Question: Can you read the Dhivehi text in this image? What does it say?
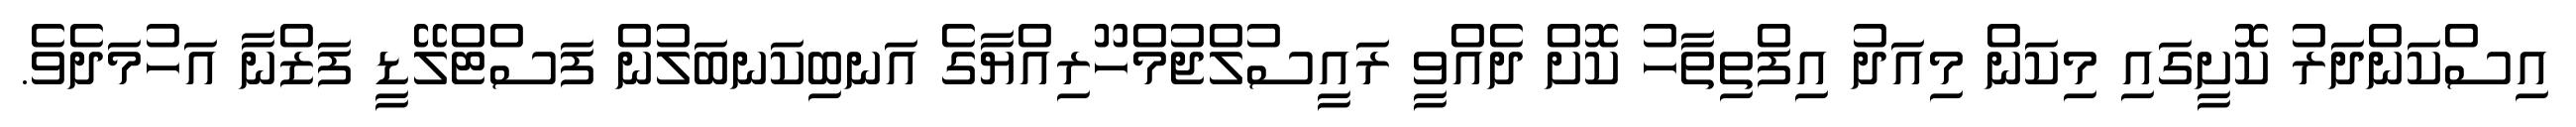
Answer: އިސްކަންދަރު ކޮށީގައި މިކަން މިއަދު އިފްތިތާހު ކޮށް ދެއްވީ ރައީސުލްޖުމްހޫރިއްޔާގެ އަނބިކަނބަލުން ފަސްޓްލޭޑީ ފަޒްނާ އަހުމަދެވެ.